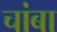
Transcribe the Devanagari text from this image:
चांबा